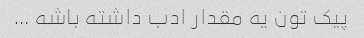
پیک تون یه مقدار ادب داشته باشه …